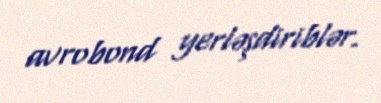
avrobond yerləşdiriblər.